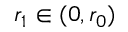
r _ { 1 } \in ( 0 , r _ { 0 } )